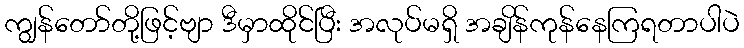
ကျွန်တော်တို့ဖြင့်ဗျာ ဒီမှာထိုင်ပြီး အလုပ်မရှိ အချိန်ကုန်နေကြရတာပါပဲ